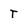
Character: T